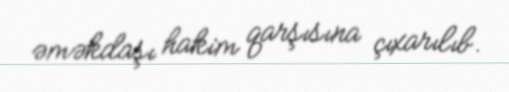
əməkdaşı hakim qarşısına çıxarılıb.